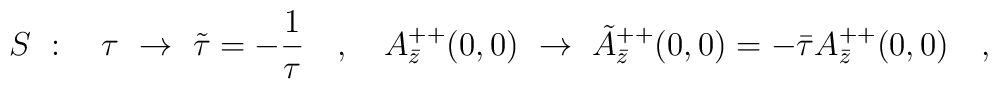
S\ :\ \ \ \tau\ \rightarrow\ \tilde{\tau}=-\frac{1}{\tau}\ \ \ ,\ \ \ A_{\bar{z}}^{++}(0,0)\ \rightarrow\  \tilde{A}_{\bar{z}}^{++}(0,0)=-\bar{\tau}A_{\bar{z}}^{++}(0,0)\ \ \ ,